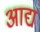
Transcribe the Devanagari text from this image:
अाद्य